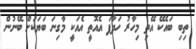
ތިބި ބައެކޭ އޭތި މިހާރު ހަދާފަ އެއޮތީ އެއަކީ މާގިނަ ބަޔަކަށް ބޭނުން